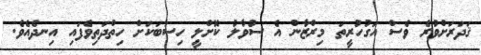
ޤަދަރަށްވުރެ ވެސް އަގުހުރީތަ މިރްޒާން އެ ސުވާލު ކޮށްލީ ހިސާބަކަށް ހިތްދަތިވެފައި އިނދެއެވެ.